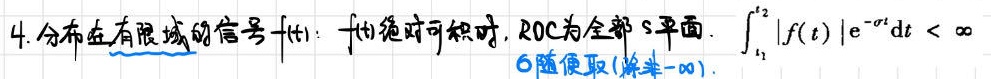
4. 分布在有限域的信号 $f(t)$：$f(t)$ 绝对可积时，ROC 为全部 $s$ 平面. $\int_{t_1}^{t_2}|f(t)| \mathrm{e}^{-\sigma t} \mathrm{d}t < \infty$，$\sigma$ 随便取(除非 $-\infty$).